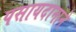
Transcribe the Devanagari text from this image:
पसायदानाने